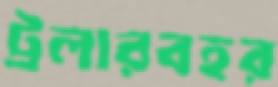
ট্রলারবহর